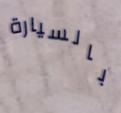
بالسيارة